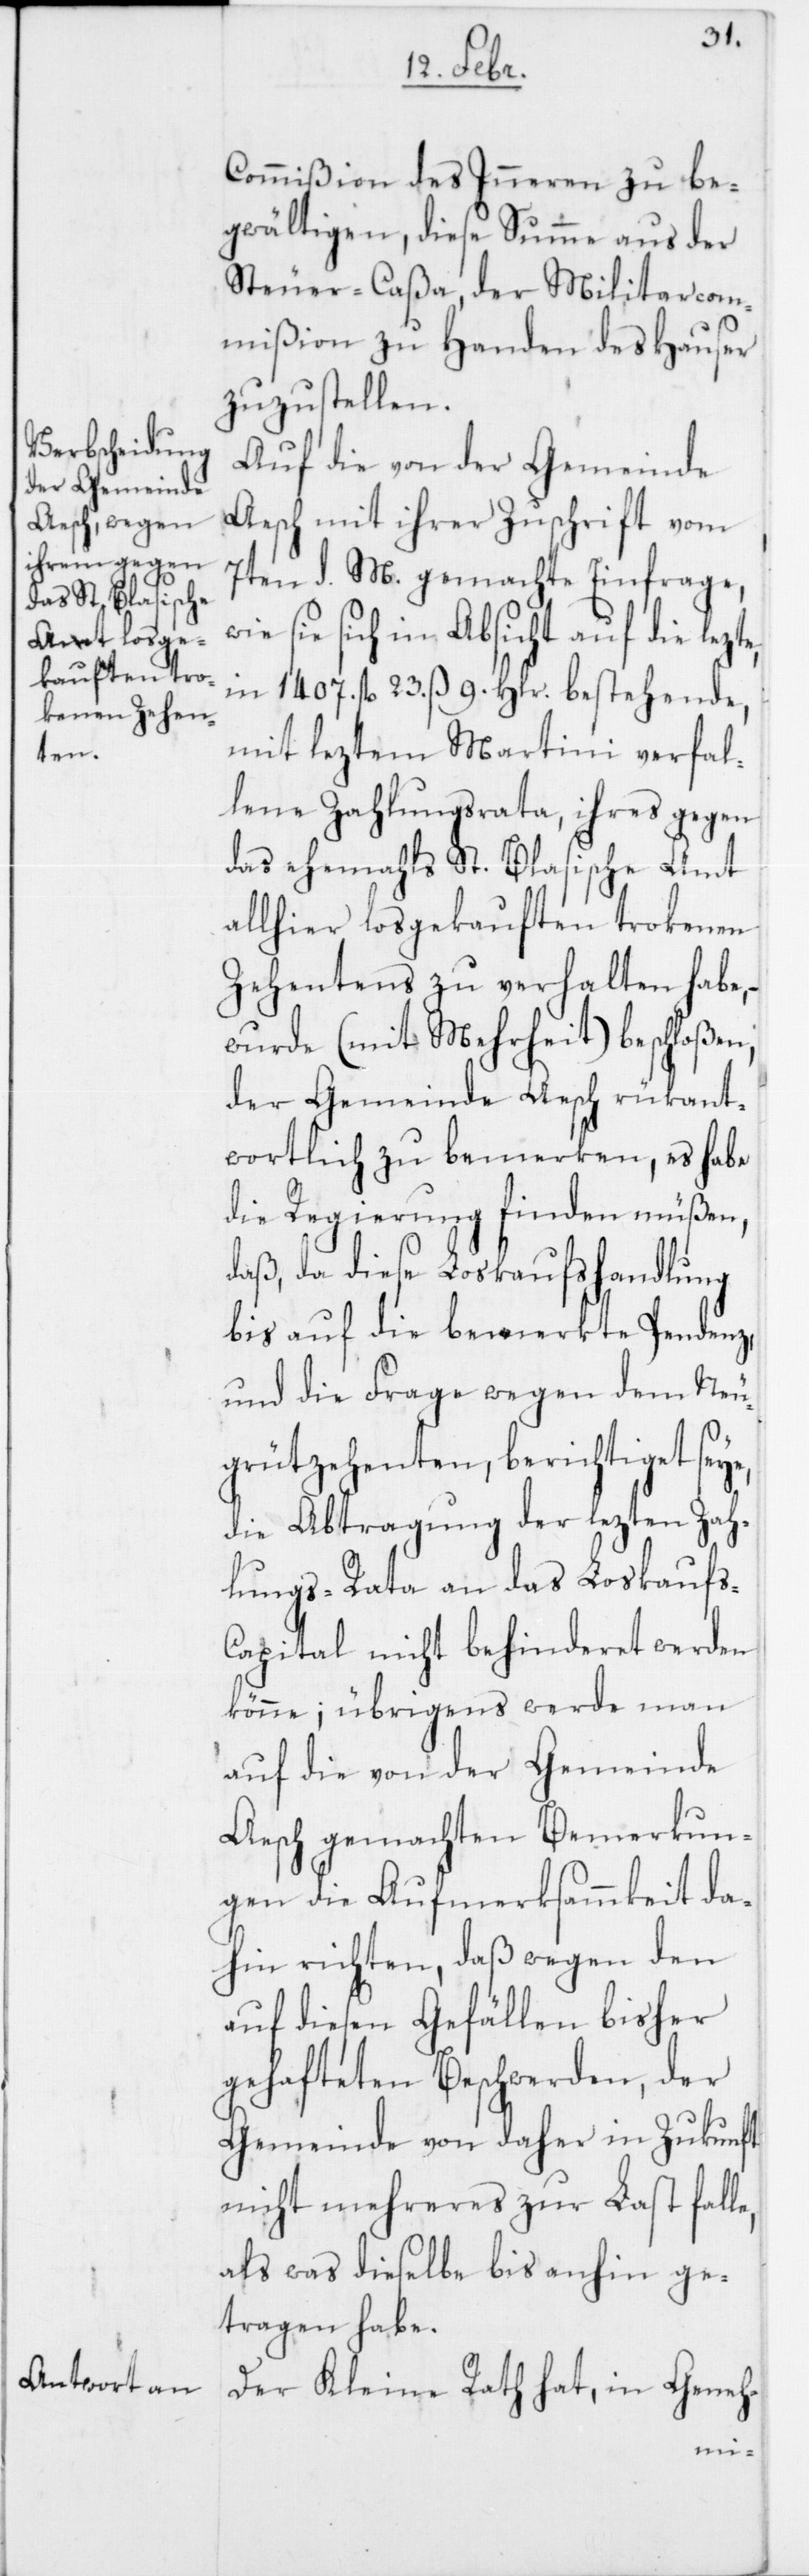
Commißion des Inneren zu be¬
gwältigen, diese Summe aus der
Steuer-Caßa der Militarcom¬
mißion zu Handen des Hauser
zuzustellen.
Auf die von der Gemeinde
Aesch mit ihrer Zuschrift vom
7ten d. M. gemachte Einfrage,
ie sie sich in Absicht auf die lezt¬
in 1407. fl. 23. ß 9. Hlr. bestehende,
mit leztem Martini verfal¬
lene Zahlungsrata ihres gegen
das ehemahls St. Blasische Amt
allhier losgekauften trokenen
Zehentens zu verhalten habe, –
wurde (mit Mehrheit) beschloßen,
der Gemeinde Aesch rükant¬
wortlich zu bemerken, es habe
die Regierung finden müßen,
daß, da diese Loskaufshandlung
bis auf die bemerkte Pendenz,
und die Frage wegen dem Neu¬
grützehenten, berichtiget seye,
die Abtragung der lezten Zah¬
lungs-Rata an das Loskaufs-C¬
apital nicht behinderet werden
könne; übrigens werde man
auf die von der Gemeinde
Aesch gemachten Bemerkun¬
gen die Aufmerksammkeit da¬
hin richten, daß wegen den
auf diesen Gefällen bisher
gehafteten Beschwerden, der
Gemeinde von daher in Zukunft
nicht mehreres zur Last falle,
als was dieselbe bis anhin ge¬
tragen habe.
Der Kleine Rath hat, in Geneh-
e,